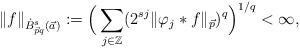
LaTeX: \begin{align*}\|f\|_{\dot{B}^s_{\vec{p}q}(\vec{a})}:= \Big( \sum _{j\in\mathbb{Z}} (2^{sj}\|\varphi_{j}\ast f\|_{\vec{p}})^q \Big) ^{1/q}<\infty,\end{align*}